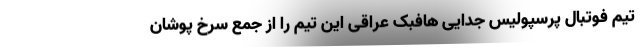
تیم فوتبال پرسپولیس جدایی هافبک عراقی این تیم را از جمع سرخ پوشان